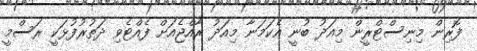
ފޮރިން މިނިސްޓްރީން މިއަދު ބުނީ އެކަމަނާ މިއަދު ރާއްޖެއަށް ފެއްޓެވި ދަތުރުފުޅަކީ ރަސްމީ